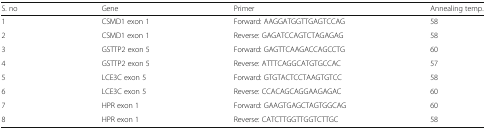
<table><thead><tr><td><b>S. no</b></td><td><b>Gene</b></td><td><b>Primer</b></td><td><b>Annealing temp.</b></td></tr></thead><tbody><tr><td>1</td><td>CSMD1 exon 1</td><td>Forward: AAGGATGGTTGAGTCCAG</td><td>58</td></tr><tr><td>2</td><td>CSMD1 exon 1</td><td>Reverse: GAGATCCAGTCTAGAGAG</td><td>58</td></tr><tr><td>3</td><td>GSTTP2 exon 5</td><td>Forward: GAGTTCAAGACCAGCCTG</td><td>60</td></tr><tr><td>4</td><td>GSTTP2 exon 5</td><td>Reverse: ATTTCAGGCATGTGCCAC</td><td>57</td></tr><tr><td>5</td><td>LCE3C exon 5</td><td>Forward: GTGTACTCCTAAGTGTCC</td><td>58</td></tr><tr><td>6</td><td>LCE3C exon 5</td><td>Reverse: CCACAGCAGGAAGAGAC</td><td>60</td></tr><tr><td>7</td><td>HPR exon 1</td><td>Forward: GAAGTGAGCTAGTGGCAG</td><td>60</td></tr><tr><td>8</td><td>HPR exon 1</td><td>Reverse: CATCTTGGTTGGTCTTGC</td><td>58</td></tr></tbody></table>